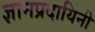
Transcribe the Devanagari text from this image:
ज्ञानप्रदायिनी